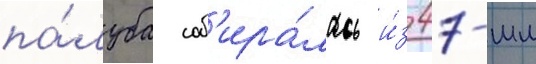
па́луба соб'ира́лась и́з 47-мм